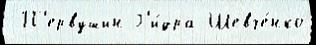
 П'ервушин Г'и́дра Шевче́нко